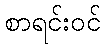
စာရင်းဝင်